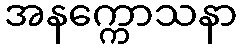
အနက္ကောသနာ